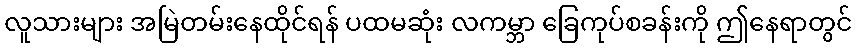
လူသားများ အမြဲတမ်းနေထိုင်ရန် ပထမဆုံး လကမ္ဘာ ခြေကုပ်စခန်းကို ဤနေရာတွင်